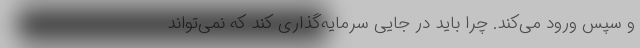
و سپس ورود می‌کند. چرا باید در جایی سرمایه‌گذاری کند که نمی‌تواند